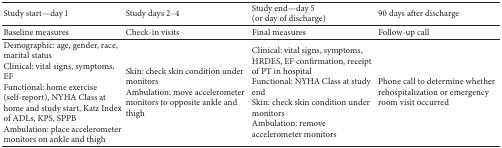
<table><thead><tr><td><b>Study start—day 1</b></td><td><b>Study days 2–4</b></td><td><b>Study end—day 5 (or day of discharge)</b></td><td><b>90 days after discharge</b></td></tr></thead><tbody><tr><td>Baseline measures</td><td>Check-in visits</td><td>Final measures</td><td>Follow-up call</td></tr><tr><td>Demographic: age, gender, race, marital statusClinical: vital signs, symptoms, EFFunctional: home exercise (self-report), NYHA Class at home and study start, Katz Index of ADLs, KPS, SPPBAmbulation: place accelerometer monitors on ankle and thigh</td><td>Skin: check skin condition under monitors Ambulation: move accelerometer monitors to opposite ankle and thigh</td><td>Clinical: vital signs, symptoms, HRDES, EF confirmation, receipt of PT in hospital Functional: NYHA Class at study endSkin: check skin condition under monitors Ambulation: remove accelerometer monitors</td><td>Phone call to determine whether rehospitalization or emergency room visit occurred</td></tr></tbody></table>